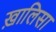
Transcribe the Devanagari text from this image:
ख़ालिसा